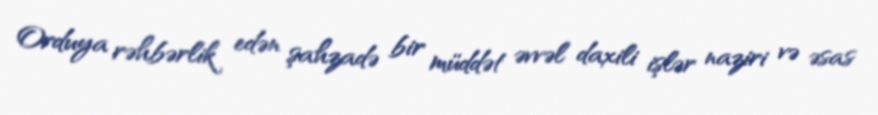
Orduya rəhbərlik edən şahzadə bir müddət əvvəl daxili işlər naziri və əsas